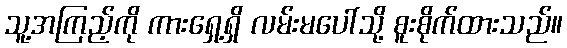
သူ့အကြည့်ကို ကားရှေ့ရှိ လမ်းမပေါ်သို့ စူးစိုက်ထားသည်။